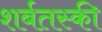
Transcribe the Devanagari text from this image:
शर्बतस्की